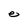
Character: e